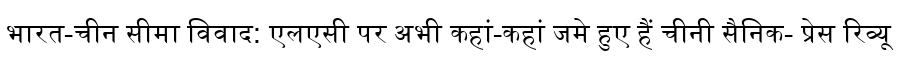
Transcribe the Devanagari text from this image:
भारत-चीन सीमा विवाद: एलएसी पर अभी कहां-कहां जमे हुए हैं चीनी सैनिक- प्रेस रिव्यू